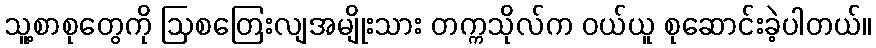
သူ့စာစုတွေကို ဩစတြေးလျအမျိုးသား တက္ကသိုလ်က ဝယ်ယူ စုဆောင်းခဲ့ပါတယ်။